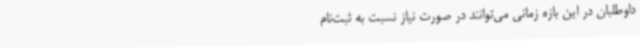
داوطلبان در این بازه زمانی می‌توانند در صورت نیاز نسبت به ثبت‌نام